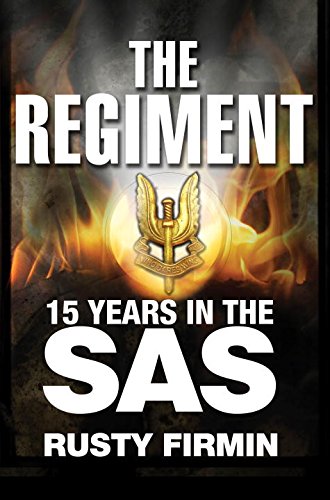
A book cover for The Regiment: 15 Years in the SAS (General Military); Rusty Firmin; History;